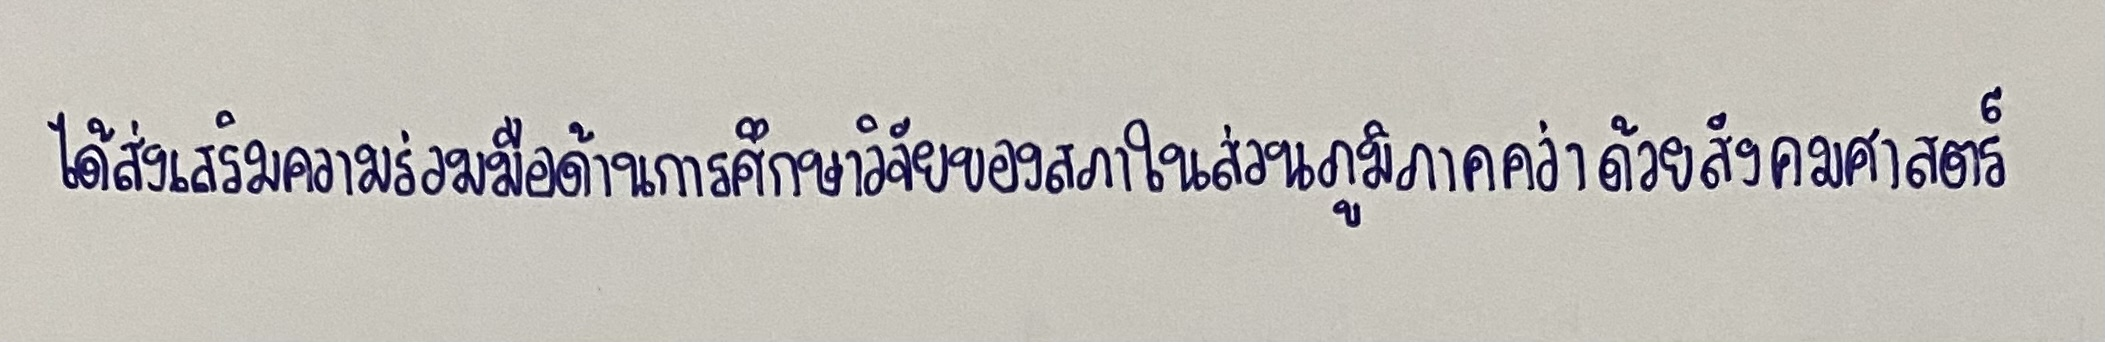
ได้ส่งเสริมความร่วมมือด้านการศึกษาวิจัยของสภาในส่วนภูมิภาคว่าด้วยสังคมศาสตร์